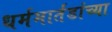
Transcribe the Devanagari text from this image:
धर्ममार्तंडांच्या